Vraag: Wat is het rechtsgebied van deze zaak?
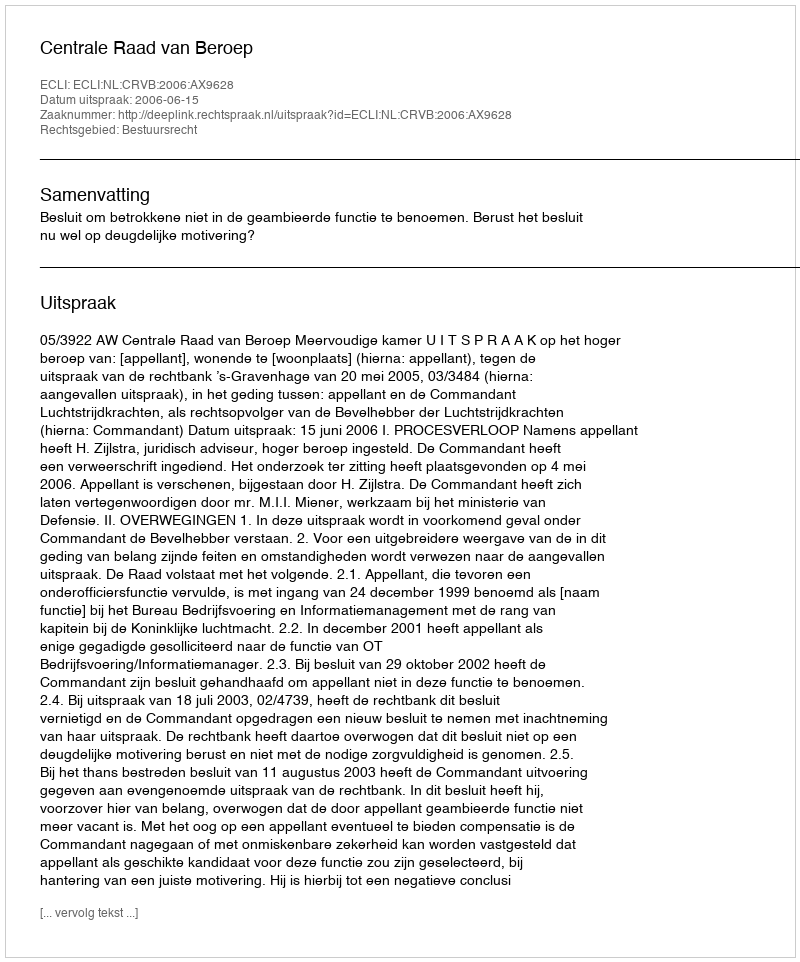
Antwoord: Bestuursrecht